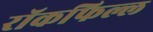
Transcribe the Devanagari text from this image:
रॉकफिल्ल